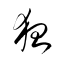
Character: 狂